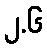
၂.၆